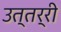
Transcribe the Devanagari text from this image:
उत्तर्री